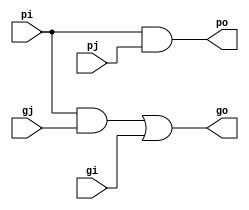
`timescale 1ns / 1ps
//////////////////////////////////////////////////////////////////////////////////
// Company: 
// Engineer: 
// 
// Design Name: 
// Module Name: black_cell
// Project Name: 
// Target Devices: 
// Tool Versions: 
// Description: 
// 
// Dependencies: 
// 
// Revision:
// Revision 0.01 - File Created
// Additional Comments:
// 
//////////////////////////////////////////////////////////////////////////////////


module black_cell(pi, gi, pj, gj, po, go);
input pi, gi, pj, gj; 
output po, go; 

reg po; 
reg go; 

always @(*) begin
    po = pi & pj;
    go = (pi & gj) | gi; 
end
endmodule